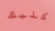
كلبك